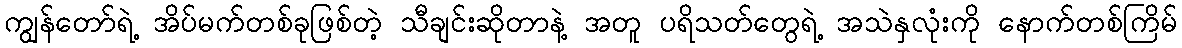
ကျွန်တော်ရဲ့ အိပ်မက်တစ်ခုဖြစ်တဲ့ သီချင်းဆိုတာနဲ့ အတူ ပရိသတ်တွေရဲ့ အသဲနှလုံးကို နောက်တစ်ကြိမ်